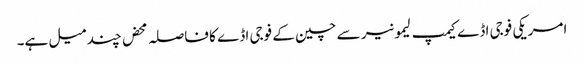
امریکی فوجی اڈے کیمپ لیمونیر سے چین کے فوجی اڈے کا فاصلہ محض چند میل ہے۔